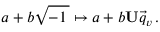
a + b { \sqrt { - 1 \, } } \mapsto a + b \mathbf { U } { \vec { q } } _ { v } \, .